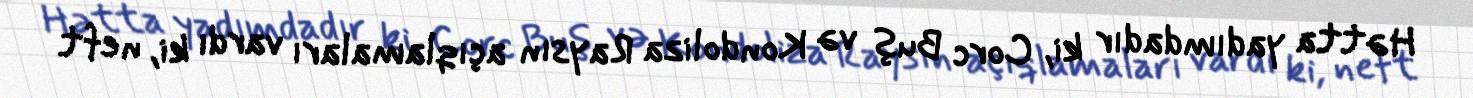
Hətta yadımdadır ki, Corc Buş və Kondoliza Raysın açıqlamaları vardı ki, neft